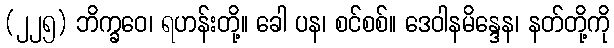
(၂၂၅) ဘိက္ခဝေ၊ ရဟန်းတို့။ ခေါ ပန၊ စင်စစ်။ ဒေဝါနမိန္ဒေန၊ နတ်တို့ကို